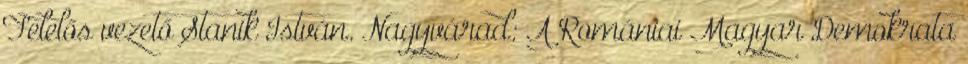
Felelős vezető Stanik István. Nagyvárad: A Romániai Magyar Demokrata